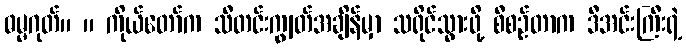
ဓမ္မဂုတ်။ ။ ကိုယ်တော်က သီတင်းကျွတ်အချိန်မှာ သရိုင်သွားဖို့ စီစဉ်တာက ဒီအင်းကြီးရဲ့